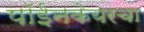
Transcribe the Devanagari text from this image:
पॉईनकेयरचा